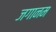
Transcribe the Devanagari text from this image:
जगानम